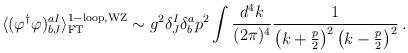
LaTeX: \begin{align*}\langle (\varphi^{\dagger}\varphi)^{aI}_{bJ} \rangle^{{\rm 1-loop,WZ}}_{{\rm FT}} \sim g^{2} \delta^{I}_{J}\delta^{a}_{b} p^{2} \int \frac{d^{4}k}{(2\pi)^{4}} \frac{1}{\left(k+\frac{p}{2}\right)^{2}\left(k-\frac{p}{2}\right)^{2}} \, .\end{align*}